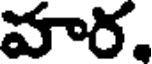
వార.